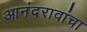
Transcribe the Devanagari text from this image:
आनंदरावांचा